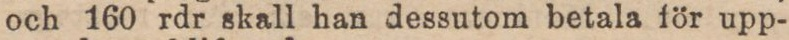
och 160 rdr skall han dessutom betala för upp-